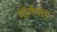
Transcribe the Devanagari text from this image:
मॉर्गनला